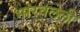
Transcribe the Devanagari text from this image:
भारवलेली